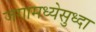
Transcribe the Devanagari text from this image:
जगामध्येसुध्दा